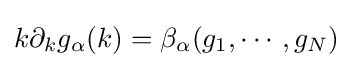
k\partial _{k}g_{\alpha }(k)=\beta _{\alpha }(g_{1},\cdots ,g_{N})